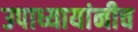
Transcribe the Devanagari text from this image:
उपाध्यायांनीच